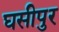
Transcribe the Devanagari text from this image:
घसीपुर